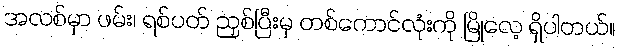
အလစ်မှာ ဖမ်း၊ ရစ်ပတ် ညှစ်ပြီးမှ တစ်ကောင်လုံးကို မြိုလေ့ ရှိပါတယ်။